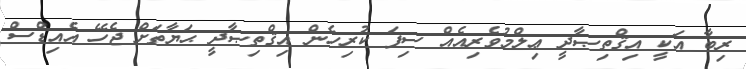
ރިބާ އަކީ އިޤްތިޞާދީ ޢިލްމުވެރިއެއް ސިފަ ކުރިހެން އިޤްތިޞާދީ ޙަޔާތަށް ޖެހޭ އެއިޑްސް